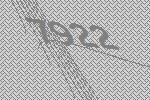
7922